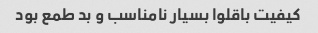
کیفیت باقلوا بسیار نامناسب و بد طمع بود